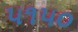
૫૧૫૦